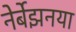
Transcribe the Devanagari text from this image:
नेर्बेझनया